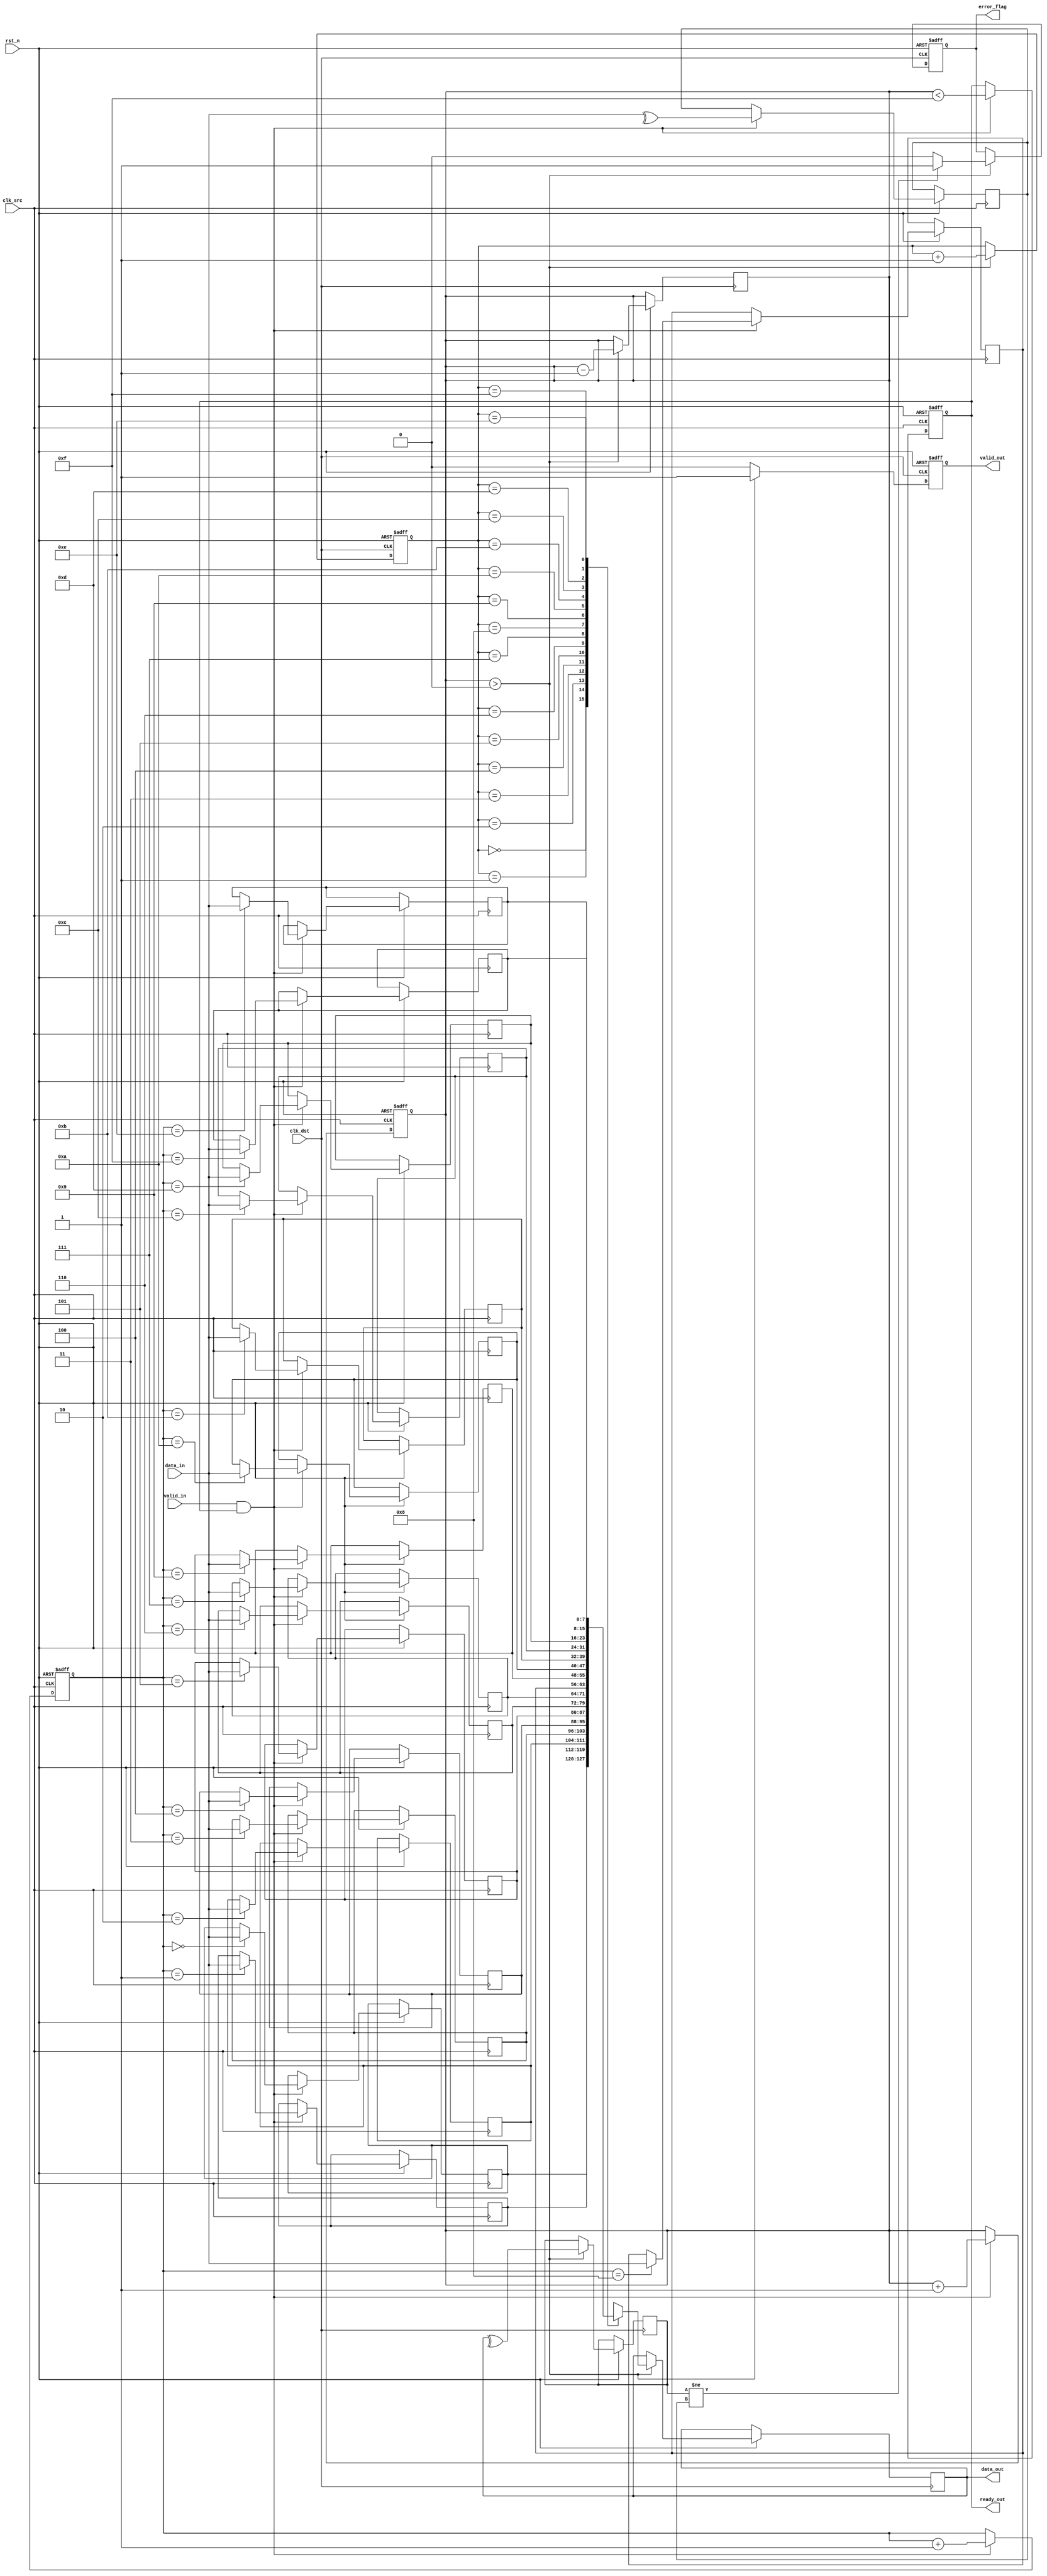
module cdc_memory_block #(
    parameter DATA_WIDTH = 8,
    parameter FIFO_DEPTH = 16
)(
    input wire clk_src,                // Source clock
    input wire clk_dst,                // Destination clock
    input wire rst_n,                  // Active low reset
    input wire [DATA_WIDTH-1:0] data_in, // Data input from source domain
    input wire valid_in,               // Valid signal for input data
    output reg ready_out,              // Ready signal for source domain
    output reg [DATA_WIDTH-1:0] data_out, // Data output to destination domain
    output reg valid_out,              // Valid signal for output data
    output reg error_flag              // Error detection flag
);

    // Internal signals
    reg [DATA_WIDTH-1:0] fifo_mem [0:FIFO_DEPTH-1]; // FIFO memory
    reg [3:0] write_ptr, read_ptr; // FIFO pointers
    reg [3:0] fifo_count;           // FIFO count
    reg parity_bit;                 // Parity bit for error detection
    reg parity_check;               // Parity check for received data

    // Asynchronous reset
    always @(posedge clk_src or negedge rst_n) begin
        if (!rst_n) begin
            write_ptr <= 0;
            fifo_count <= 0;
            ready_out <= 1;
        end else begin
            if (valid_in && ready_out) begin
                // Write data and parity bit to FIFO
                fifo_mem[write_ptr] <= data_in;
                parity_bit <= ^data_in; // Generate parity bit
                write_ptr <= write_ptr + 1;
                fifo_count <= fifo_count + 1;
                ready_out <= (fifo_count < FIFO_DEPTH - 1); // Update ready signal
            end
        end
    end

    // Synchronization FIFO read logic
    always @(posedge clk_dst or negedge rst_n) begin
        if (!rst_n) begin
            read_ptr <= 0;
            valid_out <= 0;
            error_flag <= 0;
        end else begin
            if (fifo_count > 0) begin
                // Read data from FIFO
                data_out <= fifo_mem[read_ptr];
                parity_check <= ^data_out; // Check parity
                valid_out <= 1;
                read_ptr <= read_ptr + 1;
                fifo_count <= fifo_count - 1;

                // Check for errors
                if (parity_check != parity_bit) begin
                    error_flag <= 1; // Set error flag if parity does not match
                end else begin
                    error_flag <= 0; // Clear error flag if no error
                end
            end else begin
                valid_out <= 0; // No valid data to output
            end
        end
    end

endmodule